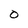
Character: O